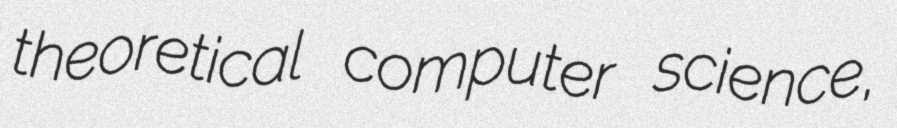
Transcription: theoretical computer science,